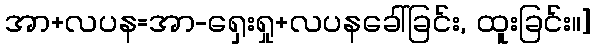
အာ+လပန=အာ-ရှေးရှု+လပနခေါ်ခြင်း, ထူးခြင်း။]